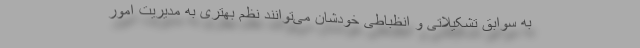
به سوابق تشکیلاتی و انظباطی خودشان می‌توانند نظم بهتری به مدیریت امور